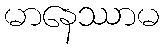
မာနေဿာမ